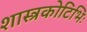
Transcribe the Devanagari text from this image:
शास्त्रकोटिभिः